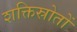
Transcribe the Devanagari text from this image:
शक्तिस्रोतों